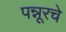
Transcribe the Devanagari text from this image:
पन्नूरचे